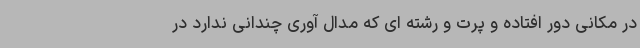
در مکانی دور افتاده و پرت و رشته ای که مدال آوری چندانی ندارد در